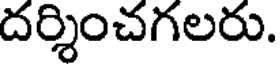
దర్శించగలరు.